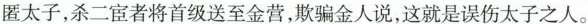
匿太子，杀二宦者将首级送至金营，欺骗金人说，这就是误伤太子之人。